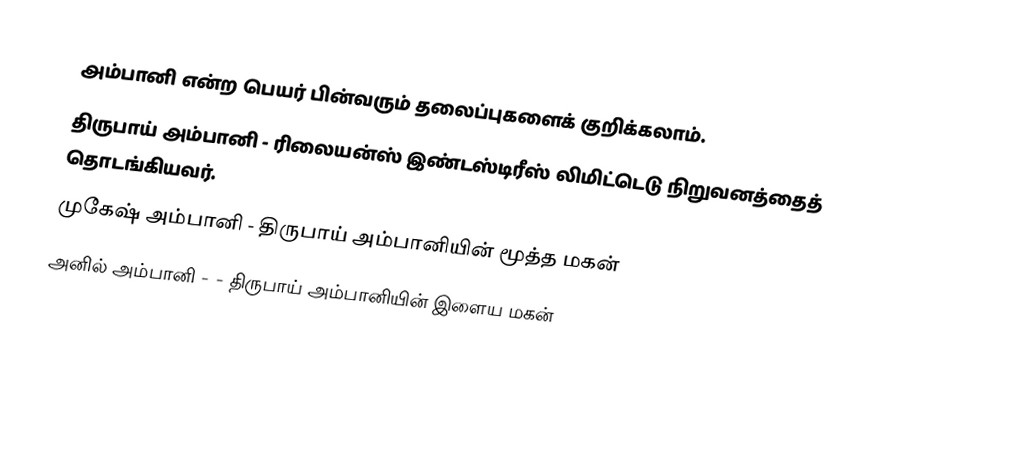
அம்பானி என்ற பெயர் பின்வரும் தலைப்புகளைக் குறிக்கலாம்.
 திருபாய் அம்பானி - ரிலையன்ஸ் இண்டஸ்டிரீஸ் லிமிட்டெடு நிறுவனத்தைத் தொடங்கியவர்.
 முகேஷ் அம்பானி - திருபாய் அம்பானியின் மூத்த மகன்
 அனில் அம்பானி - - திருபாய் அம்பானியின் இளைய மகன்